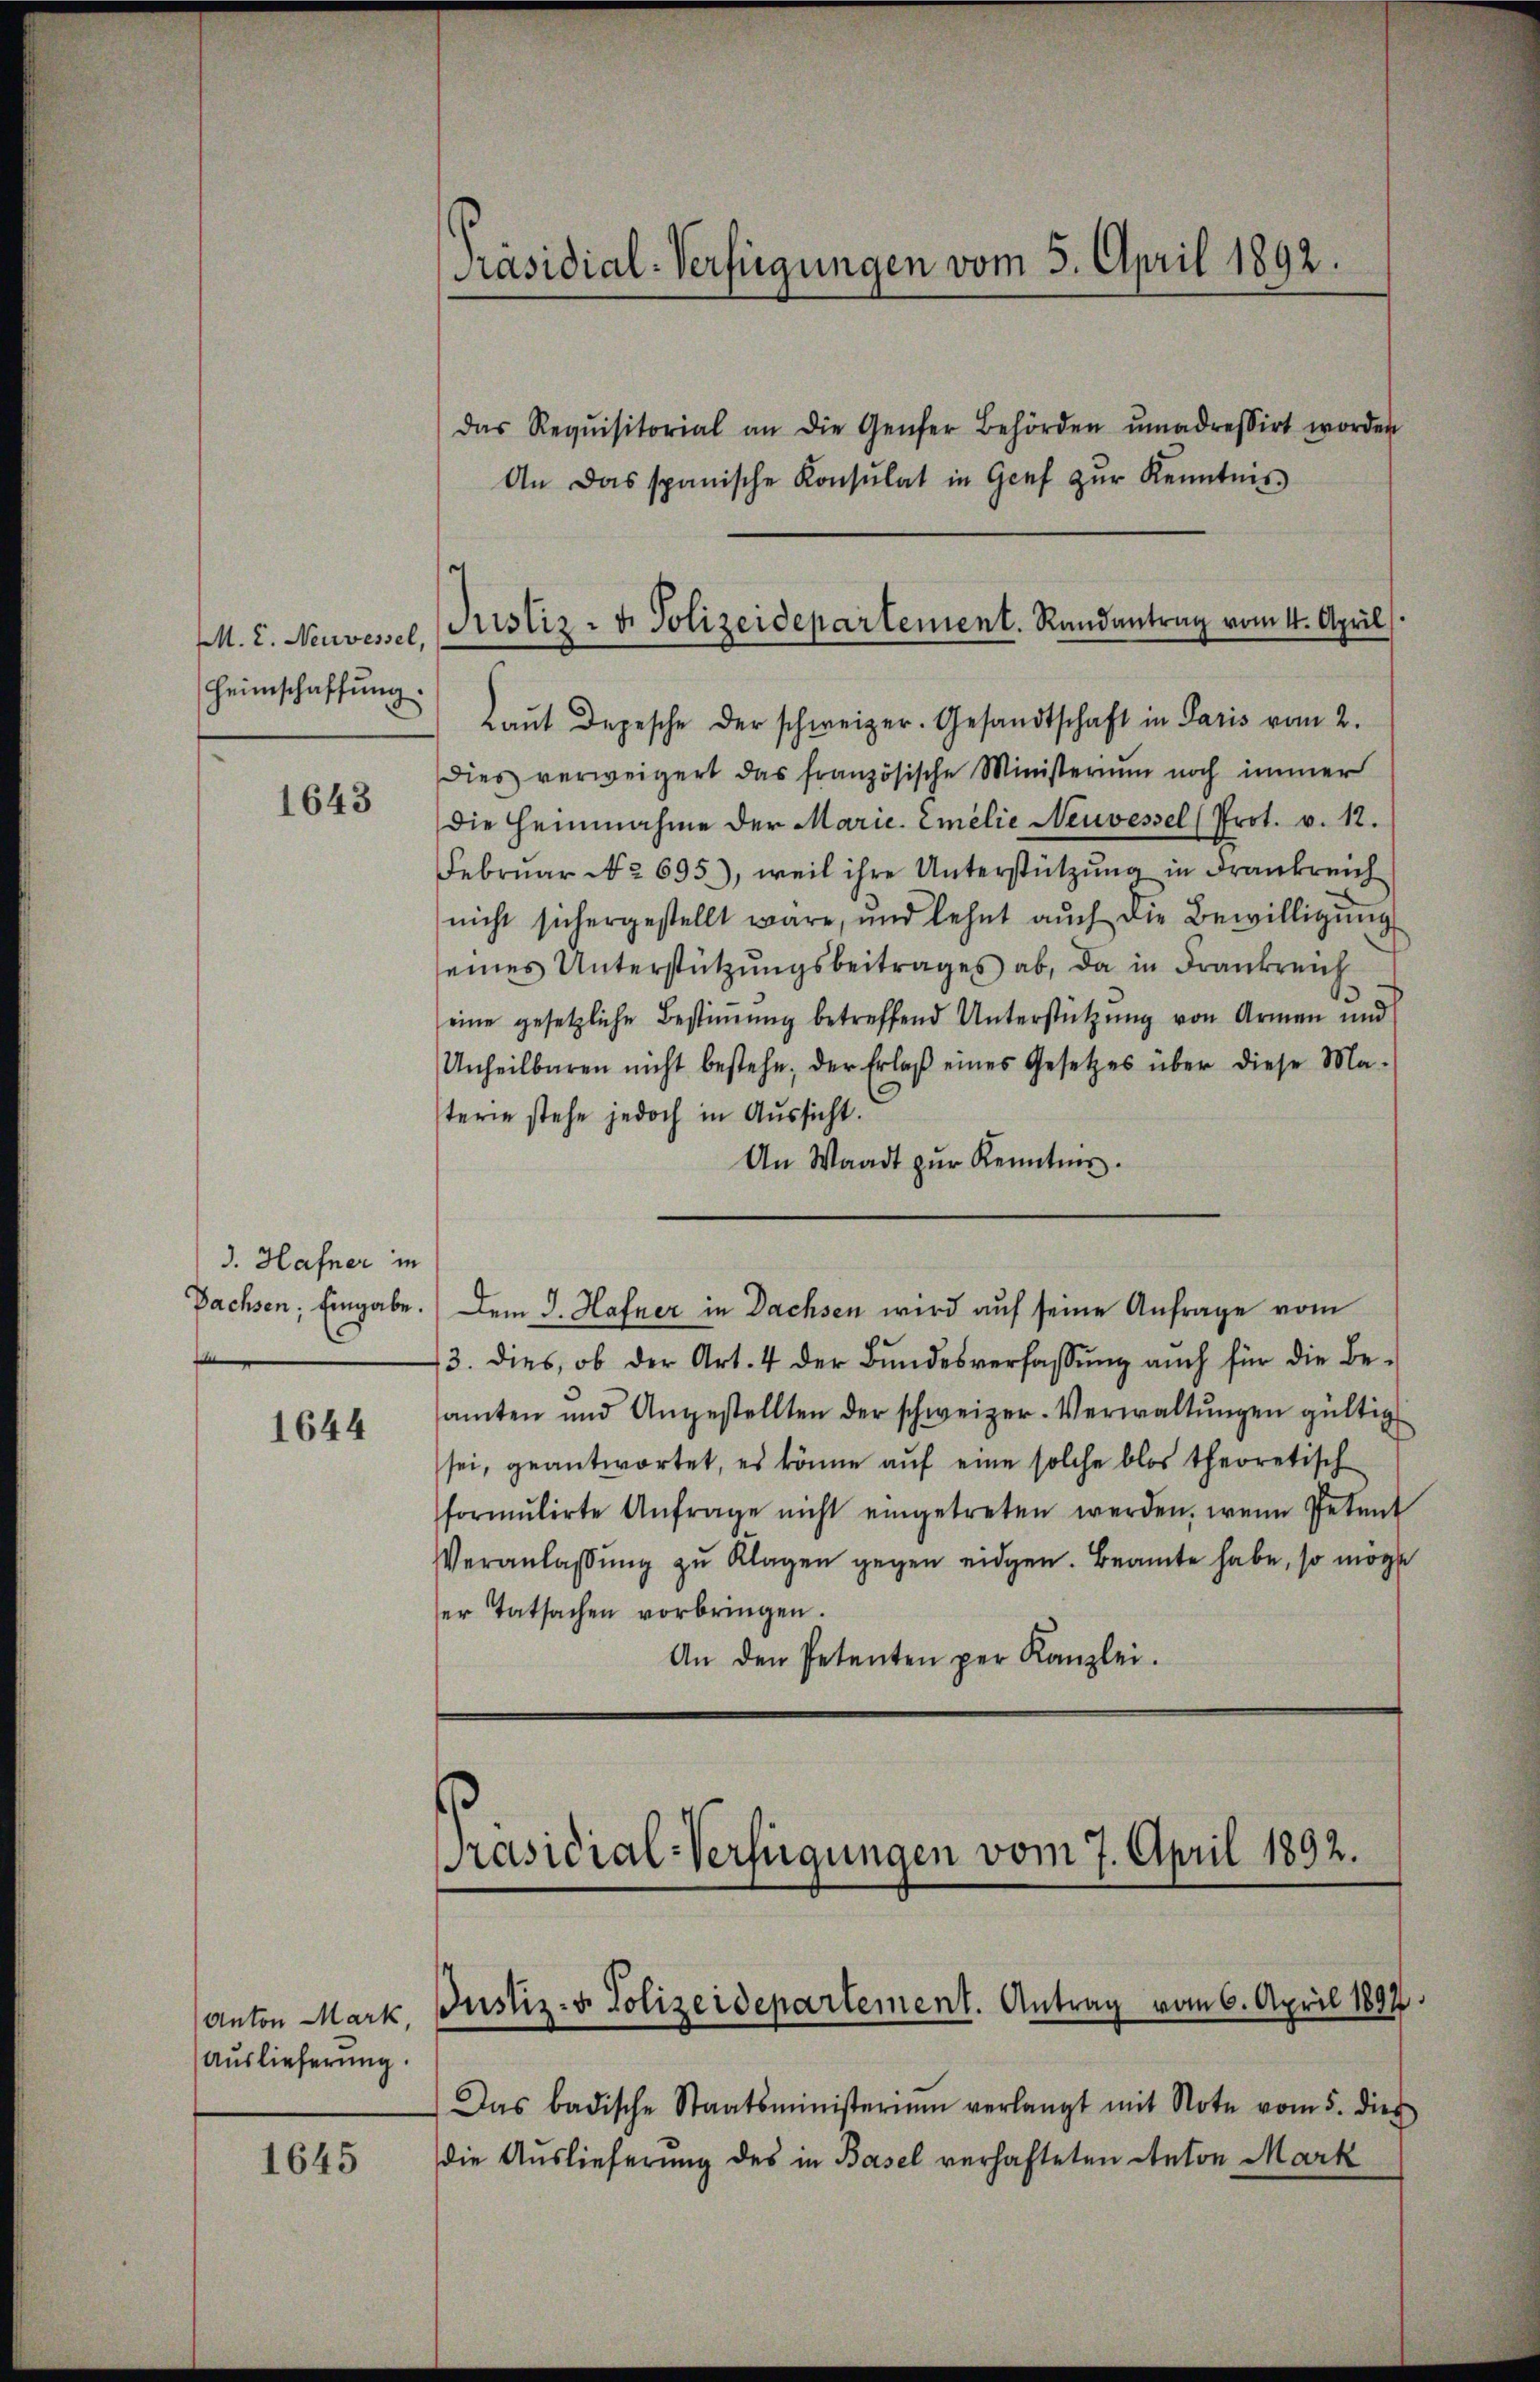
M. E. Neuvessel,
Heimschaffung.

1643

3. Hafner in
Bachsen; Eingabe.

1644

Anton Mark
Auslieferung.

1645

Präsidial-Verfügungen vom 5. April 1892.

das Requisitorial an die Genfer Behörden ŭmadressirt worden
An das spanische Konsulat in Genf zŭr Kenntnis
Laŭt Depesche der schweizer. Gesandtschaft in Paris vom 2.
Dies verweigert das französische Ministerium noch immer
die Heinnahme der Marie. Emilie Neuvessel (Prot. v. 12.
Februar No 695), weil ihre Unterstützung in Frankreich
nicht sichergestellt wäre, und lehnt aŭch die Bewilligŭng
seines Unterstützŭngsbeitrages ab, da in Frankreich
eine gesetzliche Bestiṁŭng betreffend Unterstützŭng von Armen und
Unheilbaren nicht bestehe, der Erlaβ eines Gesetzes über diese Ma-
terie stehe jedoch in Aussicht.
An Waadt zŭr Kenntnis.
Dem J. Hafner in Dachsen wird auf seine Anfrage vom
13. dies, ob der Art. 4 der Bŭndesverfassŭng auch für die Be-
samten und Angestellten der schweizer-Verwaltŭngen gültig
sei, geantwortet, es könne auf eine solche blos theoretisch
formŭlirte Anfrage nicht eingetreten werden, wenn Petent
Veranlassŭng zŭ Klagen gegen eidgen. Beamte habe, so mögte
er Tatsachen vorbringen.
An den Petenten per Kanzlei.
Das badische Staatsministerium verlangt mit Note vom 5. dies
die Auslieferung des in Basel verhafteten Anton Mark

Justiz- & Polizeidepartement. Randantrag vom 4. April

[Präsidial-Verfügungen vom 7. April 1892.

Justiz- & Polizeidepartement. Antrag vom 6. April 1897.